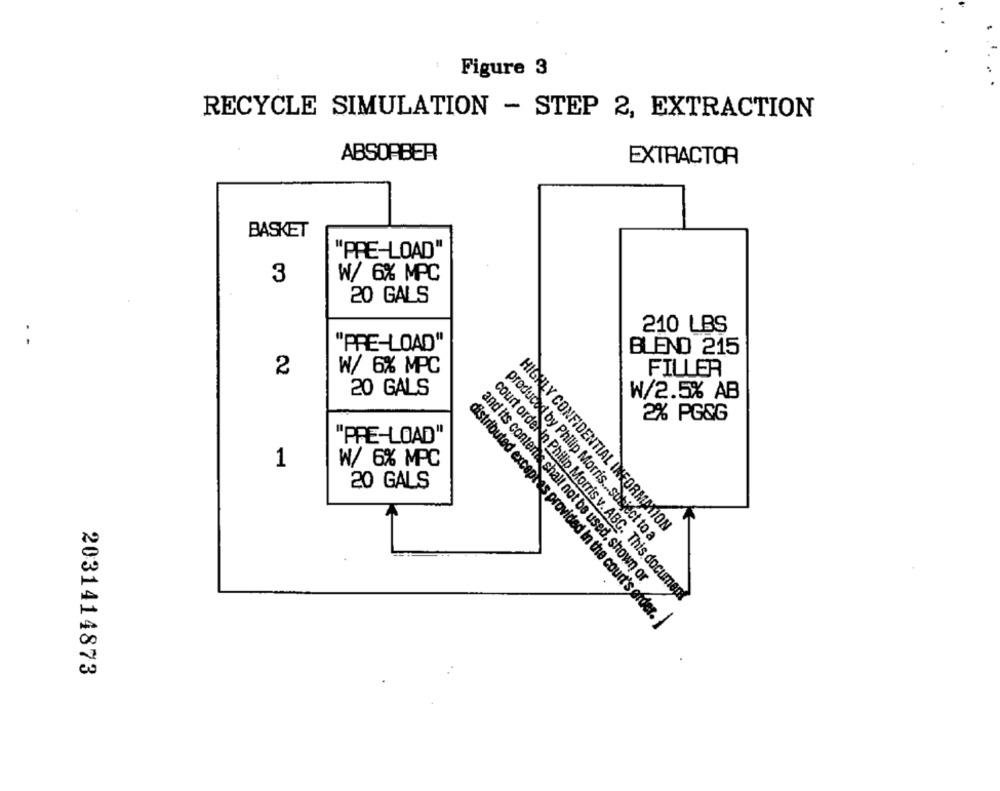
Figure 3
RECYCLE SIMULATION - STEP 2, EXTRACTION
ABSORBER
EXTRACTOR
BASKET
"PRE-LOAD"
3
W/ 6% MPC
20 GALS
210 LBS
"PRE-LOAD"
BLEND 215
2
W/ 6% MPC
FILLER
20 GALS
W/2.5% AB
2% PG&G
"PRE-LOAD"
1
W/ 6% MPC
20 GALS
HIGHLY CONFIDENTIAL INFORMATION
produced by Philip Morris ... subject to a
and its contems shall not be used, shown or
court orderin Philip Morris v. ABC. This document
distributed excepres provided in the court's ofder.
2031414873